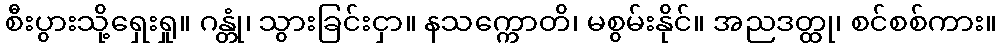
စီးပွားသို့ရှေးရှု။ ဂန္တုံ၊ သွားခြင်းငှာ။ နသက္ကောတိ၊ မစွမ်းနိုင်။ အညဒတ္ထု၊ စင်စစ်ကား။